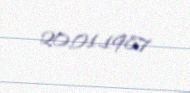
20.01.1987